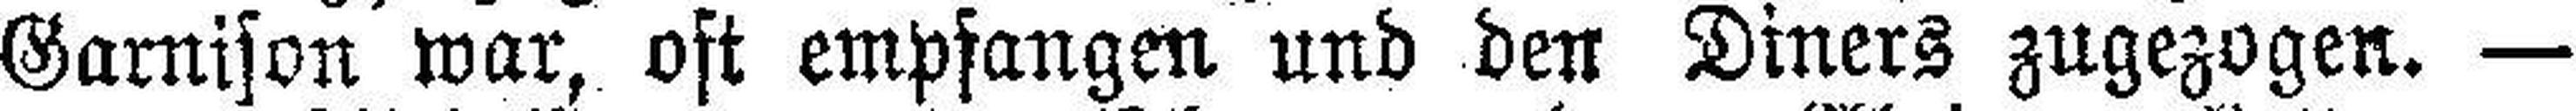
Garnison war, oft empfangen und den Diners zugezogen. —